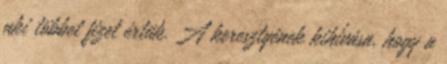
aki többet fizet értük. A keresztyének kihívása, hogy a